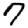
Digit: 7